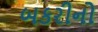
બકરીનો